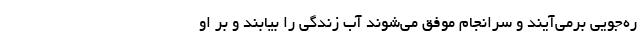
ره‌جویی برمی‌آیند و سرانجام موفق می‌شوند آب زندگی را بیابند و بر او